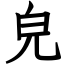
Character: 皃